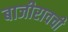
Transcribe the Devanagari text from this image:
बाजीरावची